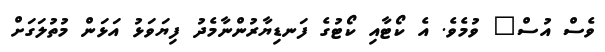
ވެސް އުސް" ވުމެވެ. އެ ކޯޓާއި ކޯޓުގެ ފަނޑިޔާރުންނާމެދު ފިޔަވަޅު އަޅަން މުތުލަގަށް